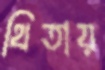
থিতায়